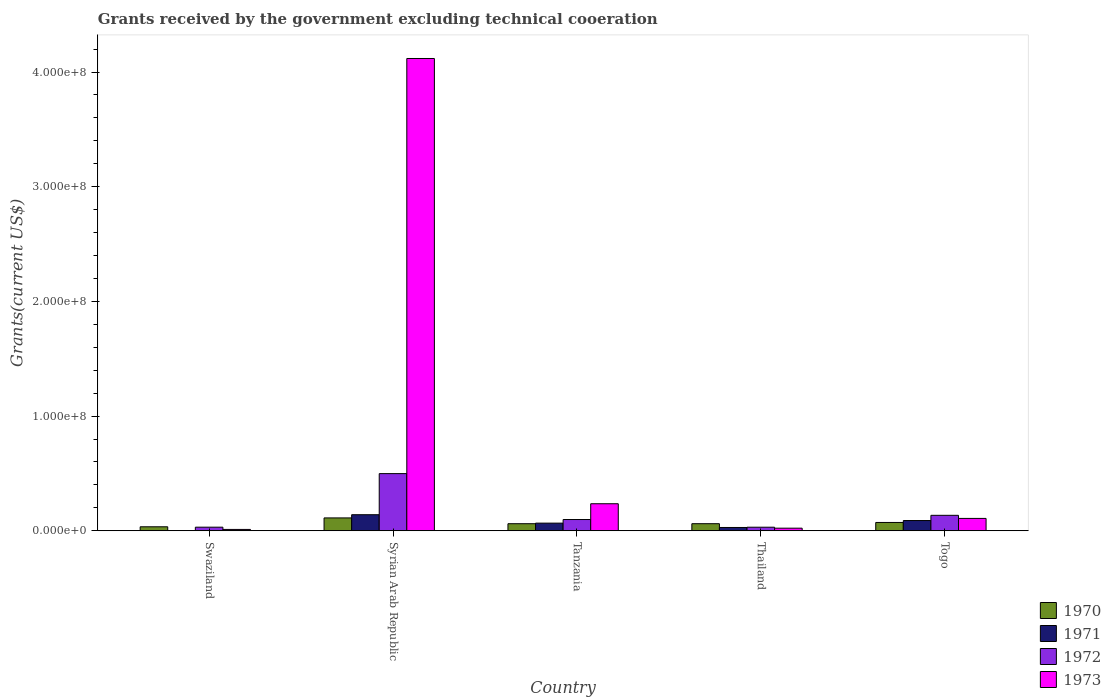
| Country | 1970 | 1971 | 1972 | 1973 |
 | --- | --- | --- | --- | --- |
 | Swaziland | 3.49e+06 | -1.51e+06 | 3.14e+06 | 1.18e+06 |
 | Syrian Arab Republic | 1.12e+07 | 1.4e+07 | 4.98e+07 | 4.12e+08 |
 | Tanzania | 6.17e+06 | 6.68e+06 | 9.82e+06 | 2.36e+07 |
 | Thailand | 6.18e+06 | 2.88e+06 | 3.12e+06 | 2.27e+06 |
 | Togo | 7.26e+06 | 8.93e+06 | 1.35e+07 | 1.08e+07 |